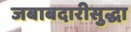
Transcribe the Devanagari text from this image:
जबाबदारीसुद्धा